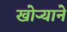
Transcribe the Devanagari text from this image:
खोऱ्याने